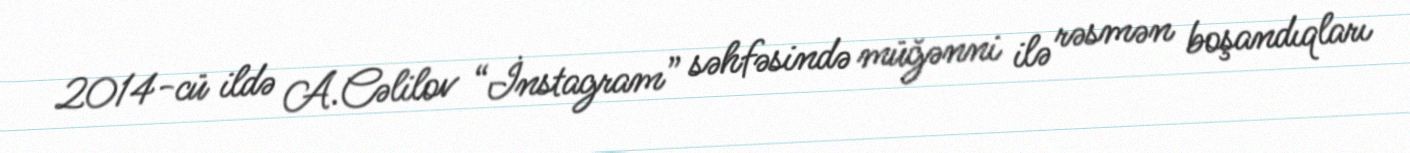
2014-cü ildə A.Cəlilov “İnstagram” səhfəsində müğənni ilə rəsmən boşandıqları